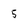
Character: 5